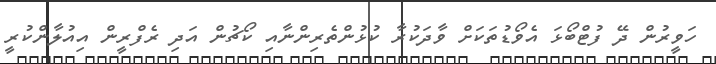
ހަވީރުން ދޭ ފުޓްބޯޅަ އެވޯޑުތަކަށް ވާދަކުރާ ކުޅުންތެރިންނާއި ކޯޗުން އަދި ރެފްރީން އިއުލާންކުރީ